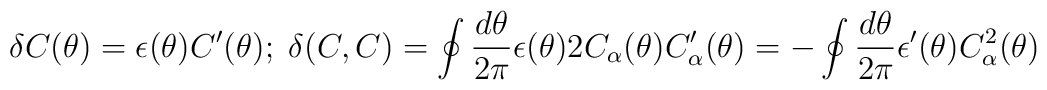
\delta C(\theta) = \epsilon(\theta) C'(\theta) \\;\; \delta (C,C) = \oint \frac{d \theta}{2\pi}\epsilon(\theta) 2 C_{\alpha}(\theta) C'_{\alpha}(\theta) =-\oint \frac{d \theta}{2\pi}\epsilon'(\theta)C_{\alpha}^2(\theta)